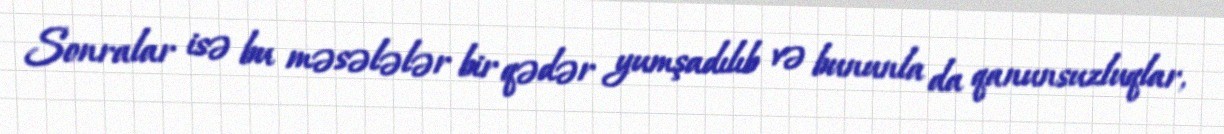
Sonralar isə bu məsələlər bir qədər yumşadılıb və bununla da qanunsuzluqlar,